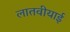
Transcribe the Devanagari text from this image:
लातवीयाई